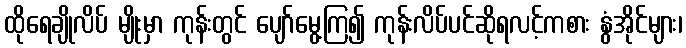
ထိုရေချိုလိပ် မျိုးမှာ ကုန်းတွင် ပျော်မွေ့ကြ၍ ကုန်းလိပ်ပင်ဆိုရလင့်ကစား နွံအိုင်များ၊